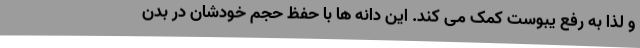
و لذا به رفع یبوست کمک می کند. این دانه ها با حفظ حجم خودشان در بدن